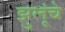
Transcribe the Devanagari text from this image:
झुलूंचे